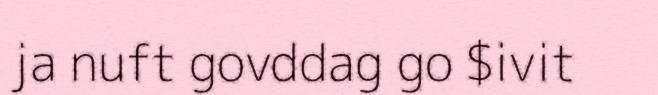
ja nuft govddag go $ivit